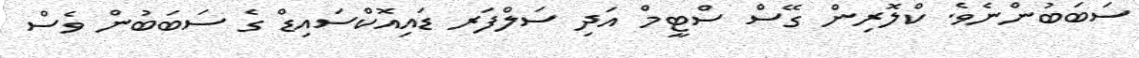
ސަބަބުންނެވެ. ކްލޮރިން ގޭސް ސްޓީމް އަދި ސަލްފަރ ޑައިއޮކްސައިޑް ގެ ސަބަބުން ވެސް